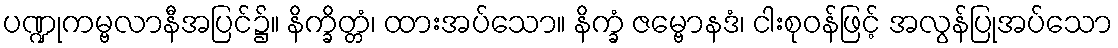
ပဏ္ဍုကမ္ဗလာနီအပြင်၌။ နိက္ခိတ္တံ၊ ထားအပ်သော။ နိက္ခံ ဇမ္ဗောနဒံ၊ ငါးစုဝန်ဖြင့် အလွန်ပြုအပ်သော